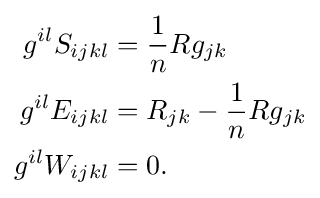
{\begin{aligned}g^{il}S_{ijkl}&={\frac {1}{n}}Rg_{jk}\\g^{il}E_{ijkl}&=R_{jk}-{\frac {1}{n}}Rg_{jk}\\g^{il}W_{ijkl}&=0.\end{aligned}}